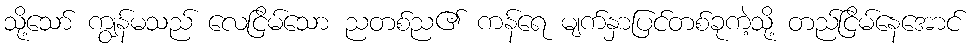
သို့သော် ကျွန်မသည် လေငြိမ်သော ညတစ်ည၏ ကန်ရေ မျက်နှာပြင်တစ်ခုကဲ့သို့ တည်ငြိမ်နေအောင်